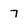
Character: 7